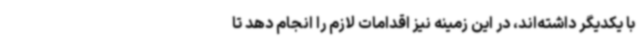
با یکدیگر داشته‌اند، در این زمینه نیز اقدامات لازم را انجام دهد تا